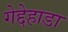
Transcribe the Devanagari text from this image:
गेद्देहाडा